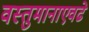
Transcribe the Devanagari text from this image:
वस्तुमानाएवढे